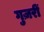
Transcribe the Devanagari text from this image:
गुज़रीं